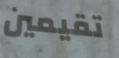
تقيمين